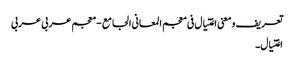
تعریف و معنی اغتیال فی معجم المعانی الجامع - معجم عربی عربی
اغتیال۔